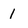
Character: 1